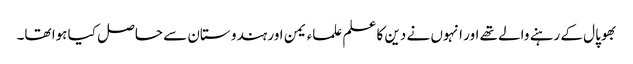
بھوپال کے رہنے والے تھے اور انہوں نے دین کا علم علماء یمن اور ہندو ستان سے حاصل کیا ہوا تھا۔